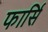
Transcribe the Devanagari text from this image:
फार्सि